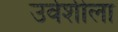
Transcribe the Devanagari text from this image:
उर्वशीला